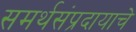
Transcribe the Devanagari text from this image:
समर्थसंप्रदायाचे